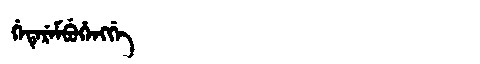
Manchu: ᡤᡝᡨᡝᡵᡝᠮᠪᡠᡥᡝᠩᡤᡝ
Romanization: GETEREMBUHENGGE